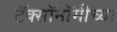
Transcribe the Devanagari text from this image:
टॅक्सॉनॉमीच्या